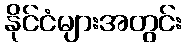
နိုင်ငံများအတွင်း